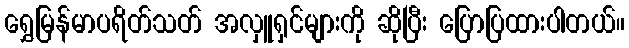
ရွှေမြန်မာပရိတ်သတ် အလှူရှင်များကို ဆိုပြီး ပြောပြထားပါတယ်။